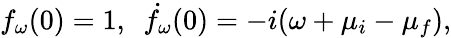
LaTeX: f_{\omega}(0)=1,\ \ \dot{f_{\omega}}(0)=-i(\omega+\mu_{i}-\mu_{f}),